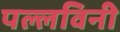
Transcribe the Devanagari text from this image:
पल्लविनी